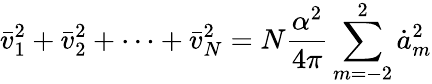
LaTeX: \bar{v}_{1}^{2}+\bar{v}_{2}^{2}+\cdots+\bar{v}_{N}^{2}=N\frac{\alpha^{2}}{4\pi}\sum_{m=-2}^{2}\dot{a}_{m}^{2}